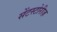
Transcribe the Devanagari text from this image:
सेंटस्टोरीज़